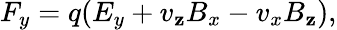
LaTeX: F_{y}=q(E_{y}+v_{\mathbf{z}}B_{x}-v_{x}B_{\mathbf{z}}),